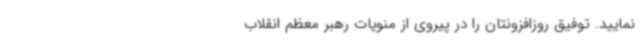
نمایید. توفیق روزافزونتان را در پیروی از منویات رهبر معظم انقلاب